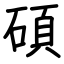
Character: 碩